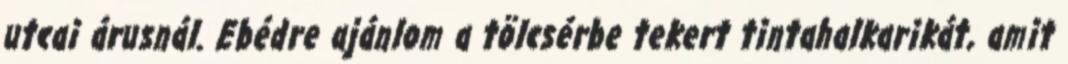
utcai árusnál. Ebédre ajánlom a tölcsérbe tekert tintahalkarikát, amit